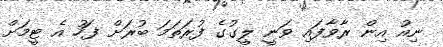
ނިއު އިން ރާވާފައި ވަނީ ލީގުގެ ފުރަތަމަ ބުރަށް ފަހު އެ ޓީމަށް